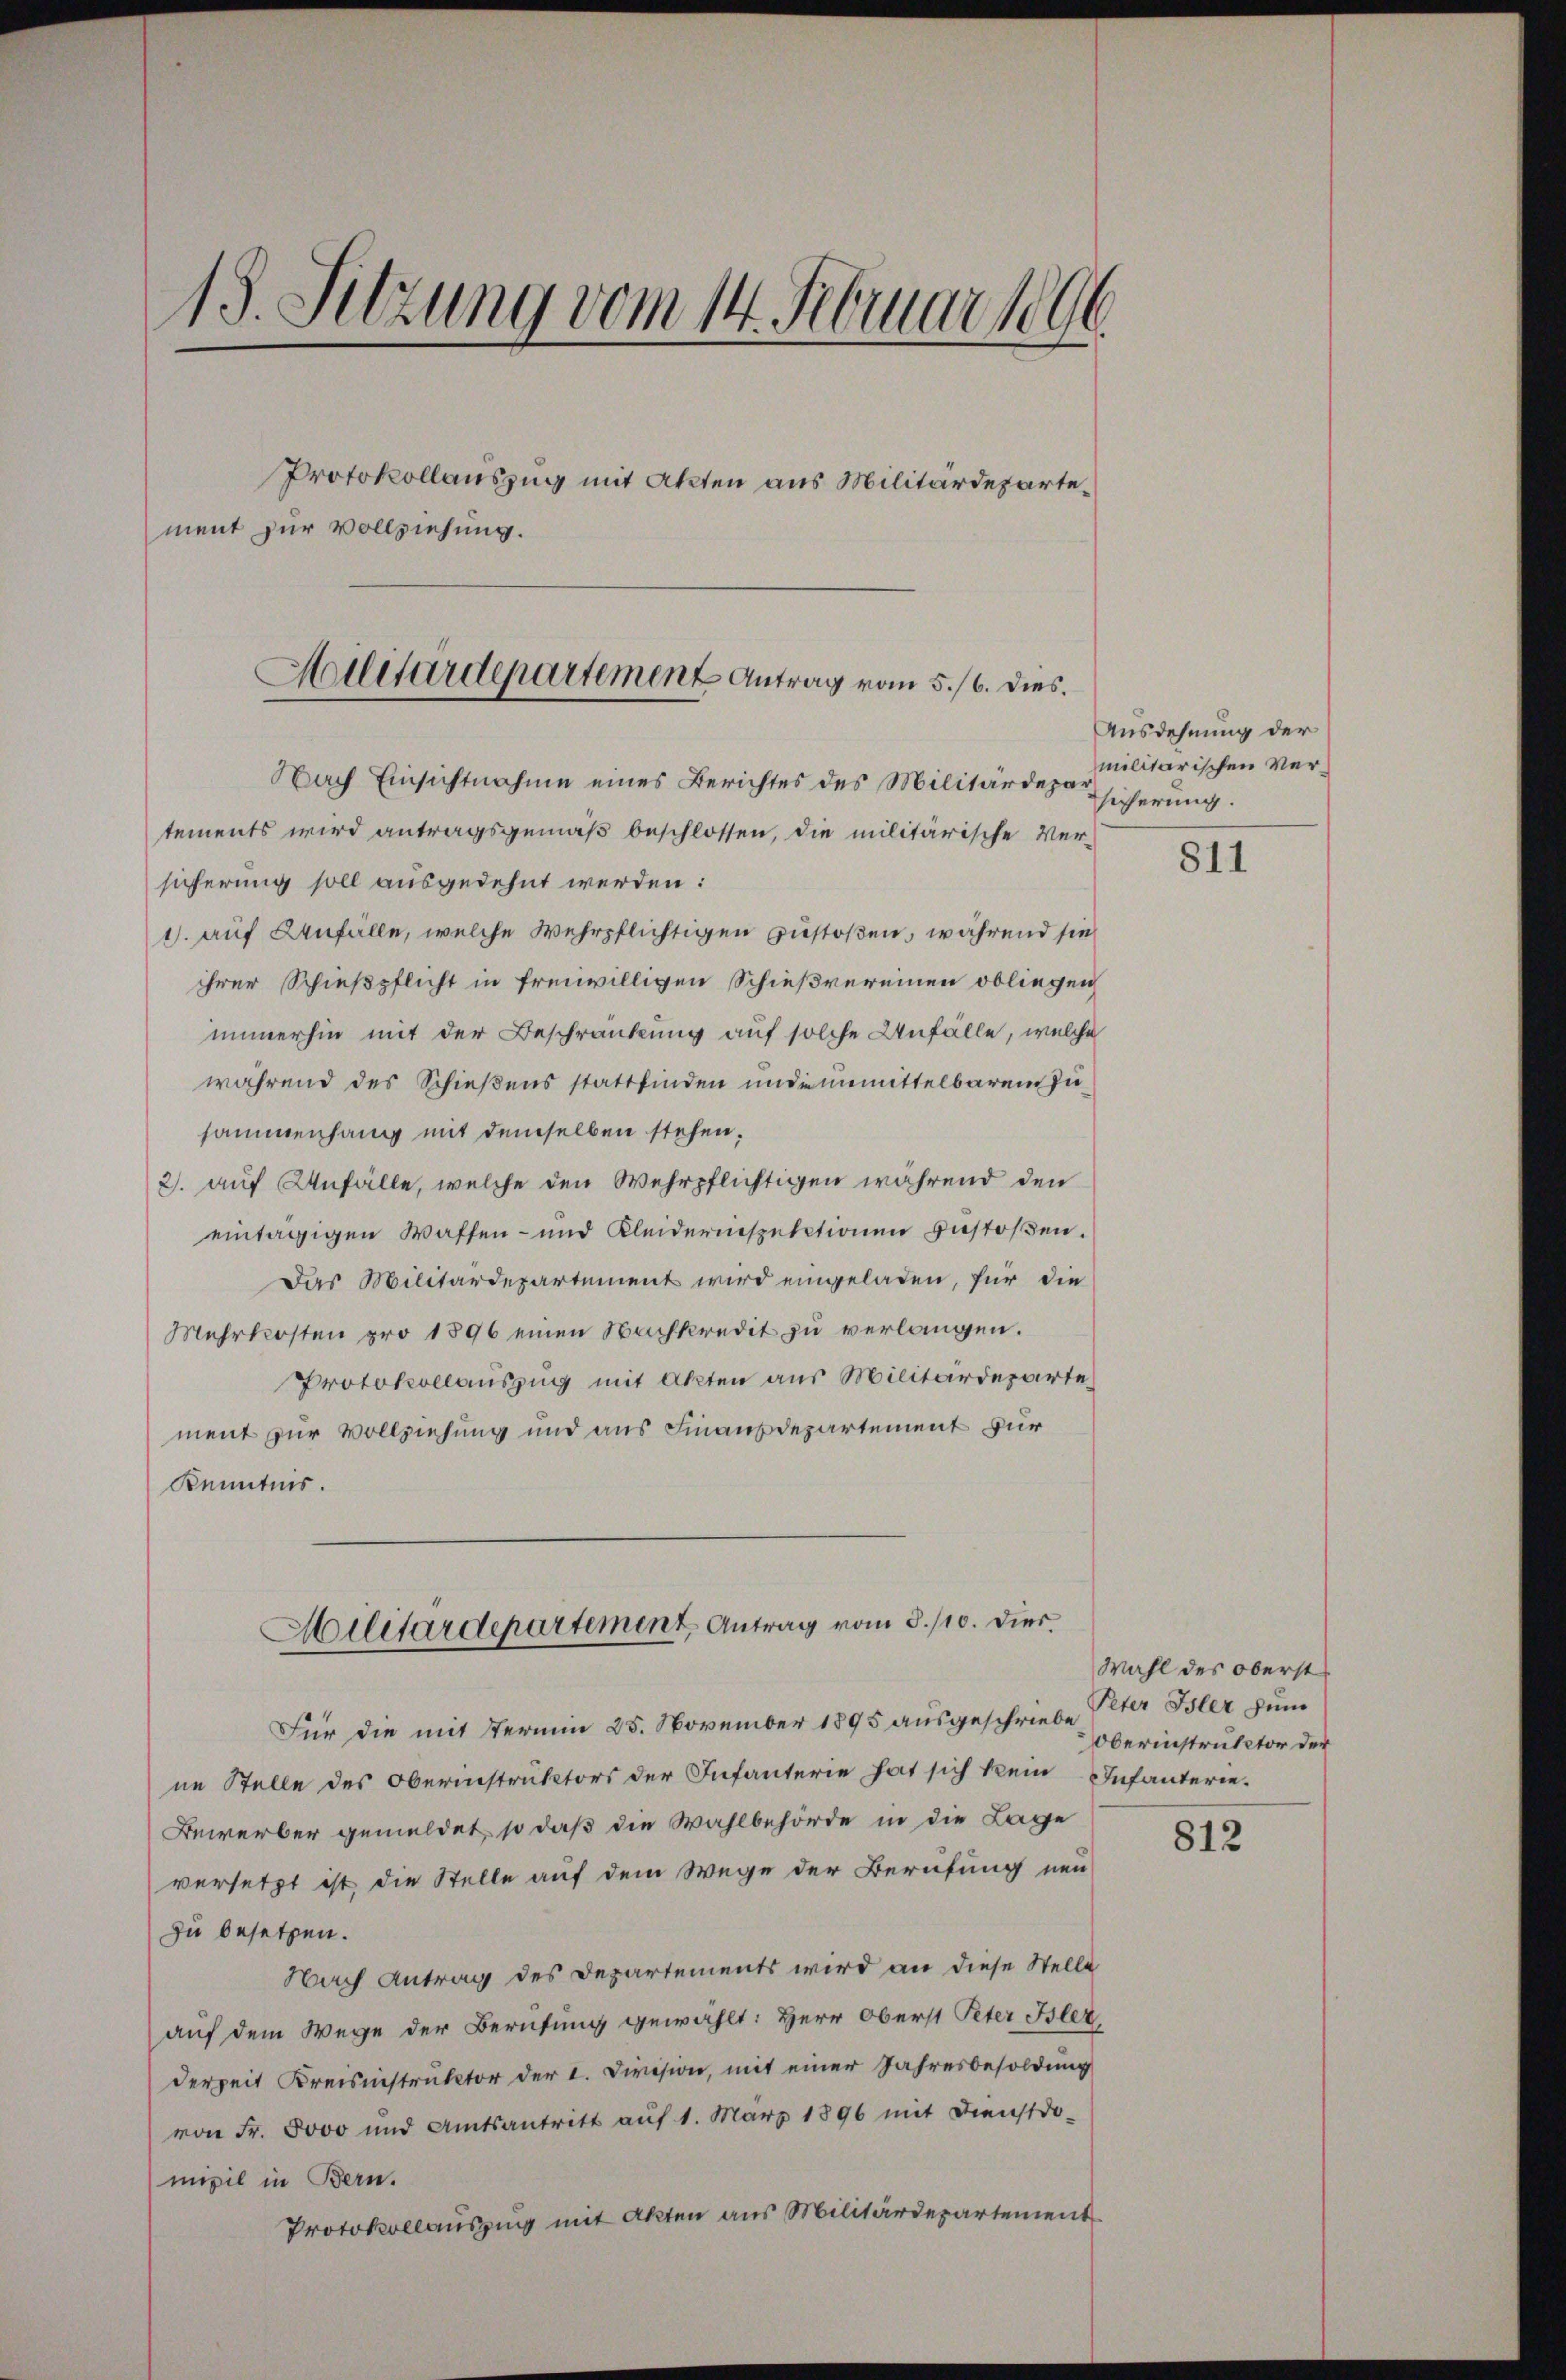
13. Sitzung vom 14. Februar 1896.
Protokollauszug mit Akten aus Militärdepartement zur Vollziehung.

Militärdepartement Antrag vom 5./6. dies

Nach Einsichtnahme eines Berichtes des Militärdepar
tements wird antragsgemäß beschlossen, die militärische Ver-
sicherung soll ausgedehnt werden:
1. auf Anfälle, welche Wehrpflichtigen zustoßen, während sie
ihrer Schießpflicht in freiwilligen Schießvereinen obliegen
immerhin mit der Beschränkung auf solche Unfälle, welche
während des Schießens stattfinden unde unmittelbarem Zusammenhang mit demselben stehen,
2. auf Anfälle, welche den Wehrpflichtigen während den
eintägigen Waffen- und Kleiderinspektionen gestoßen.
Das Militärdepartement wird eingeladen, für die
Mehrkosten pro 1896 einen Nachkredit zu verlangen.
Protokollauszug mit Akten aus Militärdeparte
ment zur Vollziehung und aus Finanzdepartement für
Kenntnis.
Militärdepartement Antrag vom 8./10. Dies
Für die mit Termin 25. November 1895 ausgeschriebe Peter Isler zum
ne Stelle des Oberinstruktors der Infanterie hat sich kein Infanterie¬
Bewerber gemeldet, so daß die Wahlbehörde in die Lage
versetzt ist die Stelle auf dem Wege der Berufung neu
zu besetzen.
Nach Antrag des Departements wird an diese Stelle
auf dem Wege der Berufung gewählt: Herr Oberst Peter Bsler,
derzeit Kreisinstruktor der I. Division, mit einer Jahresbesoldung
von Fr. 5000 und Amtsantritt aŭf 1. März 1896 mit Dienstdo-
mizil in Bern.
Protokollausung mit Akten aus Militärdepartement

Ausdehnung der
militärischen Versicherung.

811

Wahl des oberst
Oberinstruktor der

812